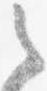
之